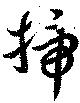
掃